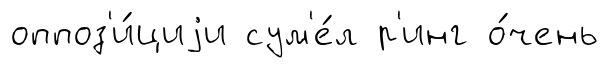
оппоз'и́циjи сум'е́л р'инг о́чень